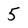
Character: 5